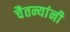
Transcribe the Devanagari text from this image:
चैतन्यांनी